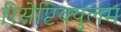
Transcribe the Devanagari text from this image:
रिसेप्टिक्युलम